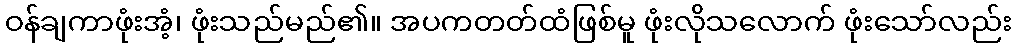
ဝန်ချကာဖုံးအံ့၊ ဖုံးသည်မည်၏။ အပကတတ်ထံဖြစ်မူ ဖုံးလိုသလောက် ဖုံးသော်လည်း